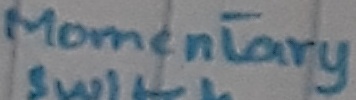
Text: Momentary